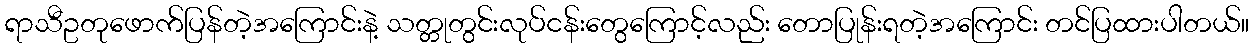
ရာသီဥတုဖောက်ပြန်တဲ့အကြောင်းနဲ့ သတ္တုတွင်းလုပ်ငန်းတွေကြောင့်လည်း တောပြုန်းရတဲ့အကြောင်း တင်ပြထားပါတယ်။